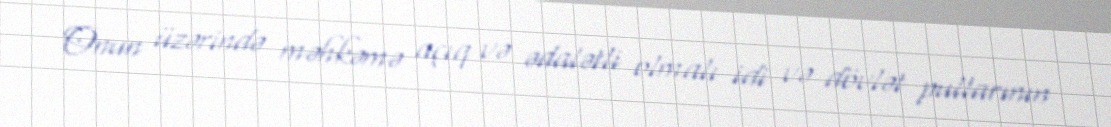
Onun üzərində məhkəmə açıq və ədalətli olmalı idi və dövlət pullarının